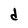
Character: d